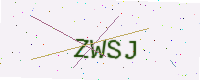
Text: ZWSJ